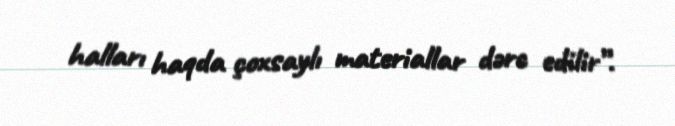
halları haqda çoxsaylı materiallar dərc edilir”.